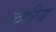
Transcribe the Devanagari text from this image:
त्वरिय